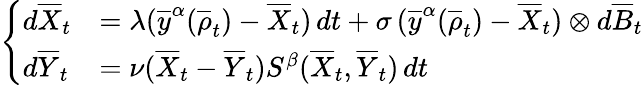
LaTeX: \left\{ \begin{array}{ll}{d\overline{X}_{t}}&{=\lambda(\overline{y}^{\alpha}(\overline{\rho}_{t})-\overline{X}_{t})\, dt+\sigma\, (\overline{y}^{\alpha}(\overline{\rho}_{t})-\overline{X}_{t})\otimes d\overline{B}_{t}}\\ {d\overline{Y}_{t}}&{=\nu(\overline{X}_{t}-\overline{Y}_{t})S^{\beta}(\overline{X}_{t},\overline{Y}_{t})\, dt}\end{array}\right.